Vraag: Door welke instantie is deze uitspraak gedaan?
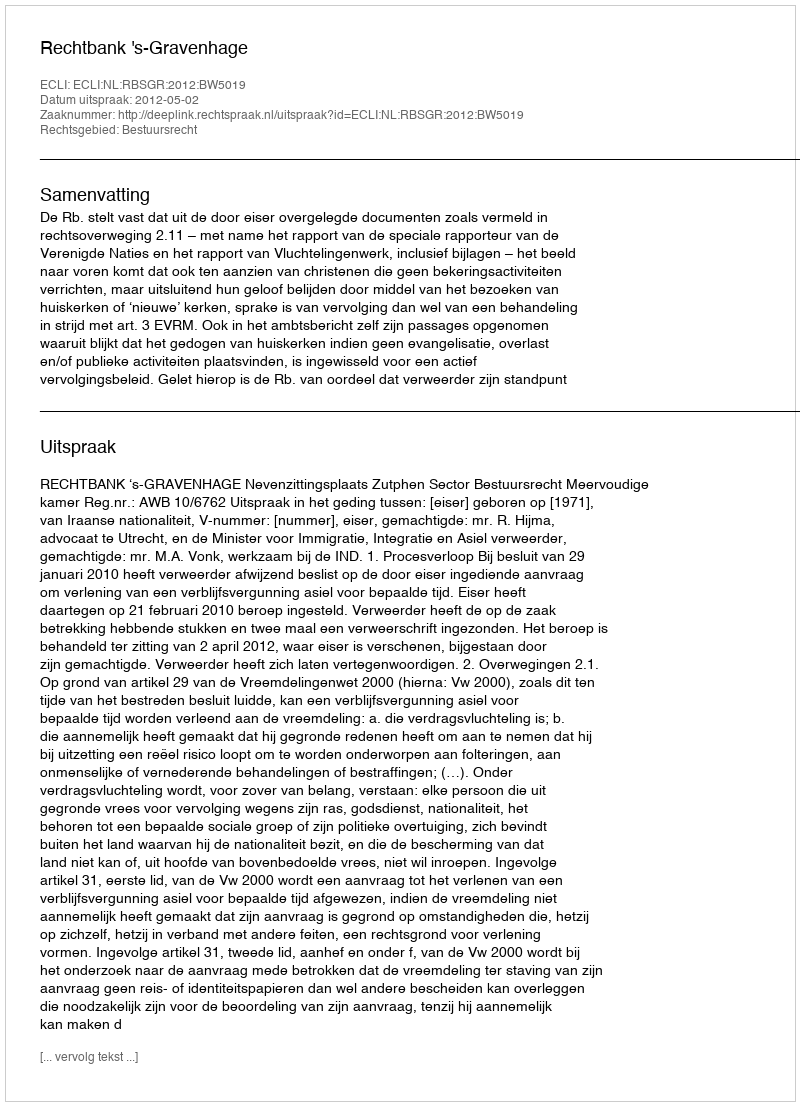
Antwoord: Rechtbank 's-Gravenhage